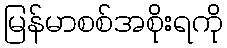
မြန်မာစစ်အစိုးရကို